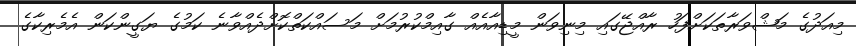
މިއަދުގެ މަޝްވަރާތަކަށްފަހު ރާއްޖޭގައި މިނިވަން މީޑިއާއެއް ގާއިމްކުރުމަށް މަސައްކަތްކޮށްދެއްވާނެ ކަމުގެ ޔަގީންކަން އެމެރިކާގެ